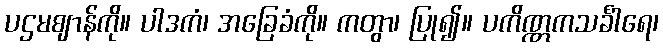
ပဌမဈာန်ကို။ ပါဒကံ၊ အခြေခံကို။ ကတွာ၊ ပြု၍။ ပကိဏ္ဏကသင်္ခါရေ၊